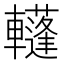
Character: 𨏕